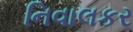
નિવાલકર